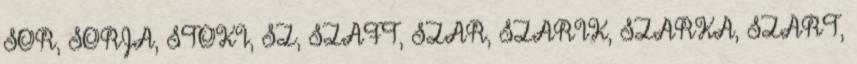
SOR, SORJA, STOKI, SZ, SZAFT, SZAR, SZARIK, SZARKA, SZART,